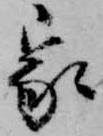
家